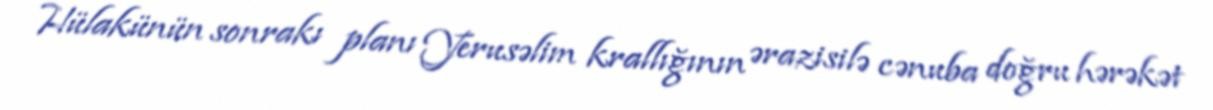
Hülakünün sonrakı planı Yerusəlim krallığının ərazisilə cənuba doğru hərəkət